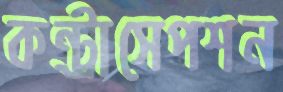
কন্ট্রাসেপশন